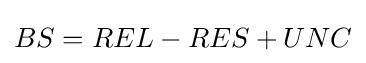
BS=REL-RES+UNC